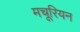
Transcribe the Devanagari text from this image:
मचूरियन